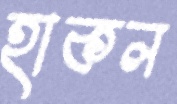
হাকল